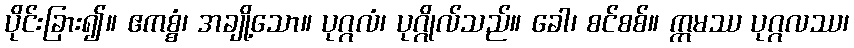
ပိုင်းခြား၍။ ဧကစ္စံ၊ အချို့သော။ ပုဂ္ဂလံ၊ ပုဂ္ဂိုလ်သည်။ ခေါ၊ စင်စစ်။ ဣမဿ ပုဂ္ဂလဿ၊